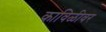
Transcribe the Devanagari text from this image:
काविळीवर